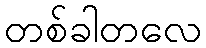
တစ်ခါတလေ